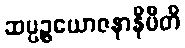
ဆပ္ပဉ္စယောဇနာနိပီတိ